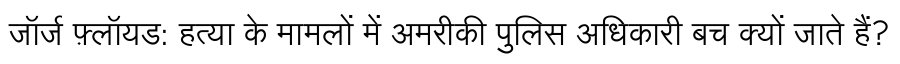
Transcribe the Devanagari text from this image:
जॉर्ज फ़्लॉयड: हत्या के मामलों में अमरीकी पुलिस अधिकारी बच क्यों जाते हैं?